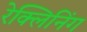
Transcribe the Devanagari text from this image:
रेक्लिनिंग